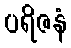
ပရိဇနံ